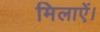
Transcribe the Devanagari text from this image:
मिलाऐं।